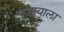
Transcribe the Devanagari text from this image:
पुजायाला